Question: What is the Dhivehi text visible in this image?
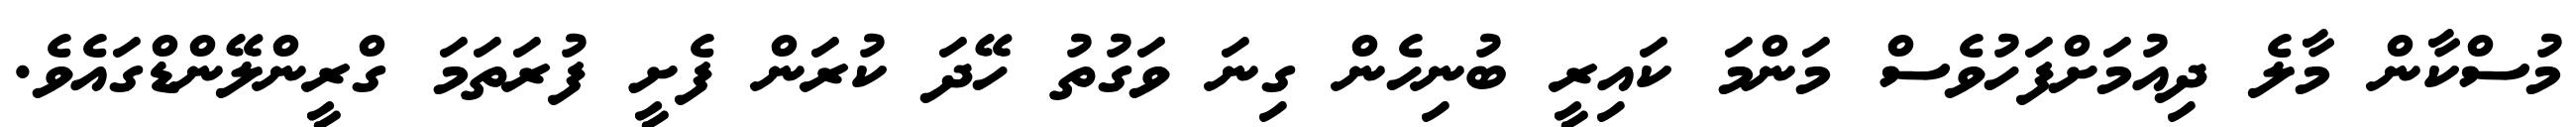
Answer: މުސްކާން މާލެ ދިއުމަށްފަހުވެސް މަންމަ ކައިރީ ބުނިހެން ގިނަ ވަގުތު ހޭދަ ކުރަން ފެށީ ފުރަތަމަ ގްރީންލޭންޑްގައެވެ.